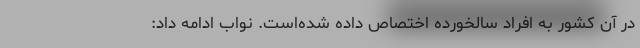
در آن کشور به افراد سالخورده اختصاص داده شده‌است. نواب ادامه داد: